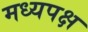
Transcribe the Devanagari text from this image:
मध्यपक्ष